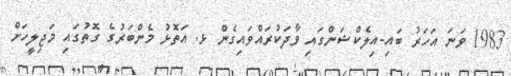
1983 ވަނަ އަހަރު ބައި-އިލެކްޝަންގައި ވާދަކުރައްވައިގެން ޅ. އަތޮޅު މެންބަރުގެ ގޮތުގައި މަޖިލީހަށް